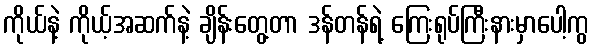
ကိုယ်နဲ့ ကိုယ့်အဆက်နဲ့ ချိန်းတွေ့တာ ဒန်တန်ရဲ့ ကြေးရုပ်ကြီးနားမှာပေါ့ကွ